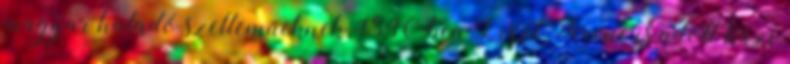
magyar haladó szelleműeknek. 1840-ben Liszt Ferenc is adott házi